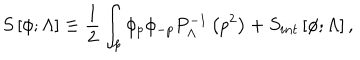
S \left[ \phi ; \Lambda \right] \equiv { \frac { 1 } { 2 } } \int _ { p } \phi _ { p } \phi _ { - p } P _ { \Lambda } ^ { - 1 } \left( p ^ { 2 } \right) + S _ { i n t } \left[ \phi ; \Lambda \right] ,